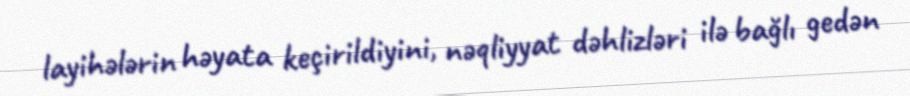
layihələrin həyata keçirildiyini, nəqliyyat dəhlizləri ilə bağlı gedən